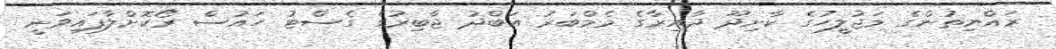
ރައްޔިތުންގެ މަޖުލީހުގެ ކާށިދޫ ދާއިރާގެ މެމްބަރު އަބްދު ޖާބިރުގެ ގެސްޓު ހައުސް ރޯކޮށްލާފައިވަނީ